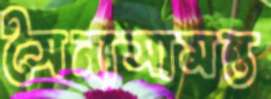
সৈন্যসামন্ত